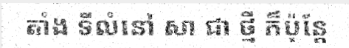
តាំង ទីលំនៅ សា ជា ថ្មី ក៏ប៉ុន្តែ